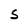
Character: s